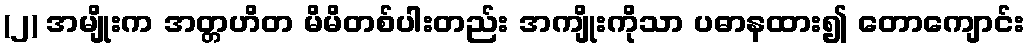
(၂) အမျိုးက အတ္တဟိတ မိမိတစ်ပါးတည်း အကျိုးကိုသာ ပဓာနထား၍ တောကျောင်း